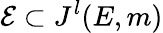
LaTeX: {\mathcal{E}}\subset J^{l}(E,m)